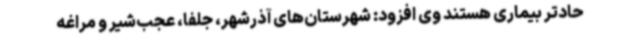
حادتر بیماری هستند وی افزود: شهرستان‌های آذرشهر، جلفا، عجب‌شیر و مراغه